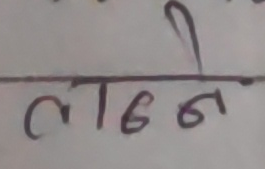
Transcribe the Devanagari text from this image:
लढने